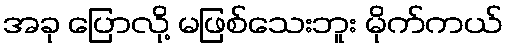
အခု ပြောလို့ မဖြစ်သေးဘူး မိုက်ကယ်